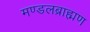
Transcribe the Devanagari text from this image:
मण्डलब्राह्मण